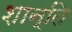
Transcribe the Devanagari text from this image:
शान्‍ति